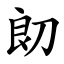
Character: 㓪